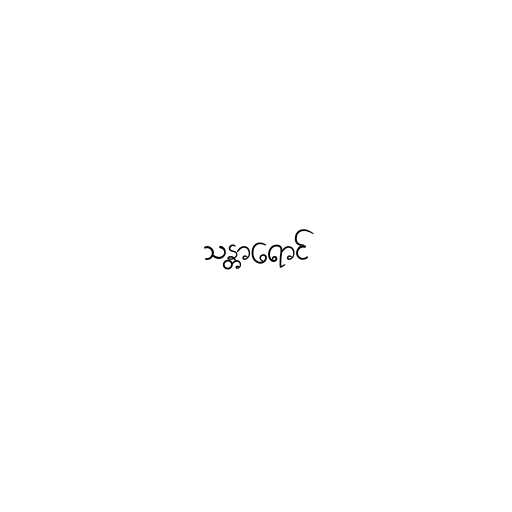
သန္တာရောင်